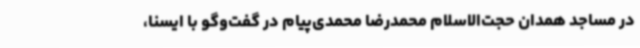
در مساجد همدان حجت‌الاسلام محمدرضا محمدی‌پیام در گفت‌وگو با ایسنا،